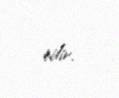
edir.